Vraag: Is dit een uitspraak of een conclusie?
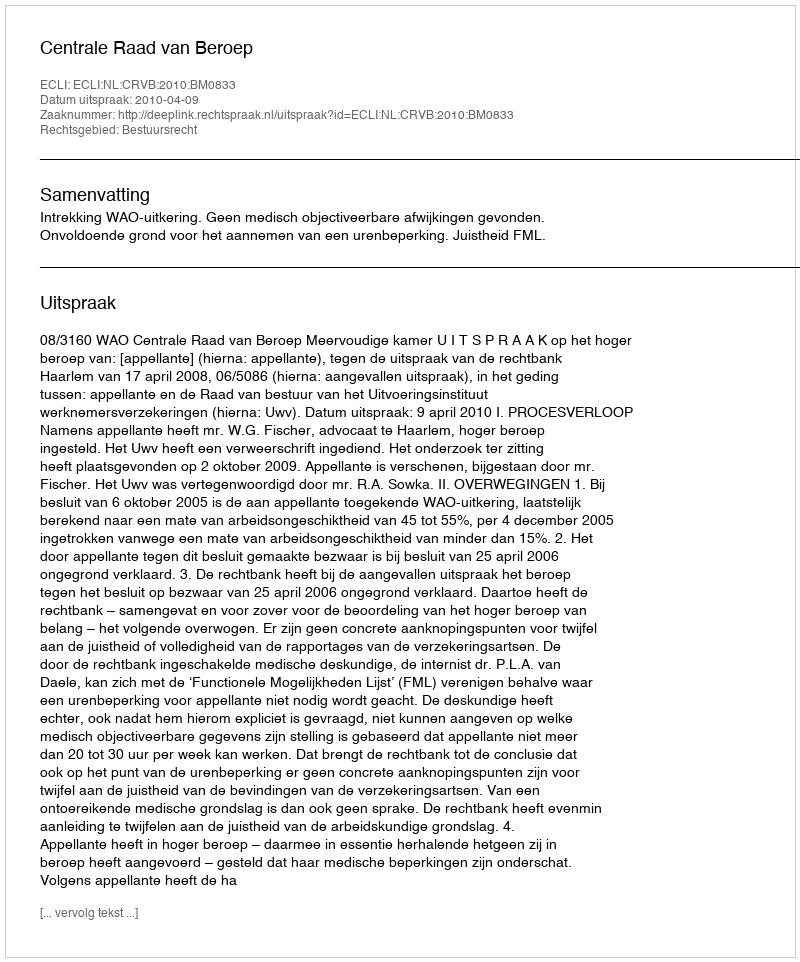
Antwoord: Uitspraak